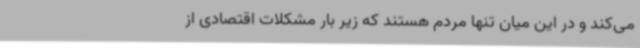
می‌کند و در این میان تنها مردم هستند که زیر بار مشکلات اقتصادی از